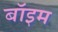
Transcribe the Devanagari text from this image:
बॉइम